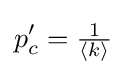
p'_{c}={\tfrac {1}{\langle k\rangle }}